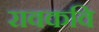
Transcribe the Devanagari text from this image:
रावकवि